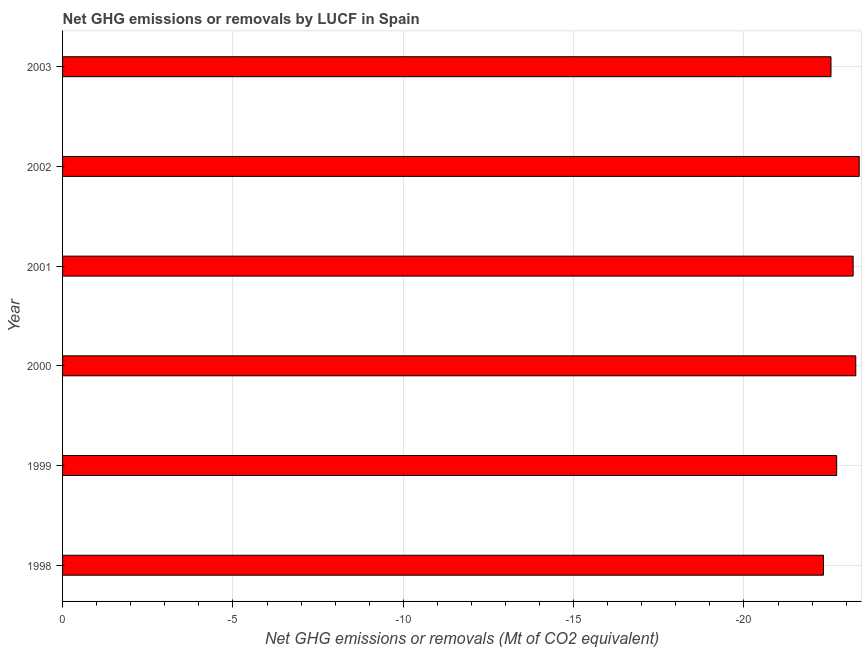
| Year | GHG net emissions or removals |
 | --- | --- |
 | 1998 | -22.3 |
 | 1999 | -22.7 |
 | 2000 | -23.3 |
 | 2001 | -23.2 |
 | 2002 | -23.4 |
 | 2003 | -22.6 |